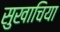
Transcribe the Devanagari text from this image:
सुखाचिया